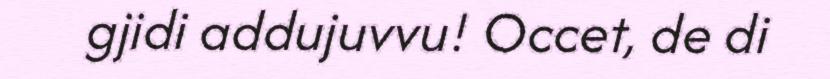
gjidi addujuvvu! Occet, de di